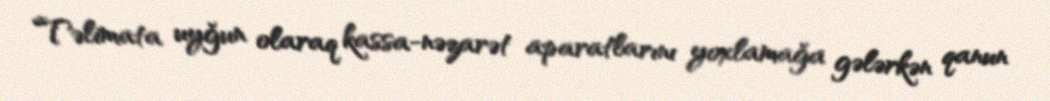
Təlimata uyğun olaraq kassa-nəzarət aparatlarını yoxlamağa gələrkən qanun